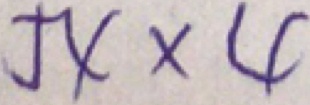
5 4 \times 4